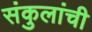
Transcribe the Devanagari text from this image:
संकुलांची